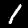
Digit: 1